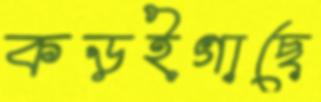
কড়ইগাছে